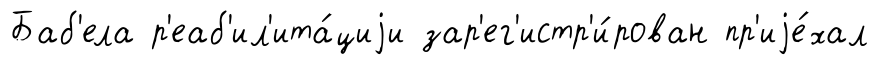
Баб'ела р'еаб'ил'ита́циjи зар'ег'истр'и́рован пр'иjе́хал